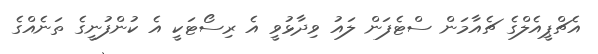
އެޗްޕީއެލްގެ ޗެއާމަން ސްޓެފަން ލައު ވިދާޅުވީ އެ ރިސޯޓަކީ އެ ކުންފުނީގެ ތަނެއްގެ